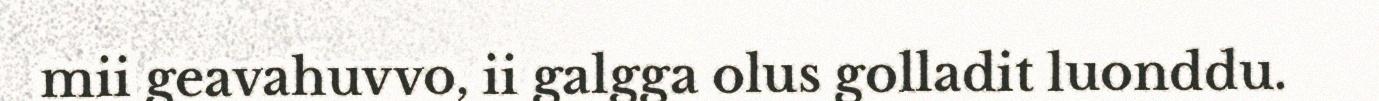
mii geavahuvvo, ii galgga olus golladit luonddu.